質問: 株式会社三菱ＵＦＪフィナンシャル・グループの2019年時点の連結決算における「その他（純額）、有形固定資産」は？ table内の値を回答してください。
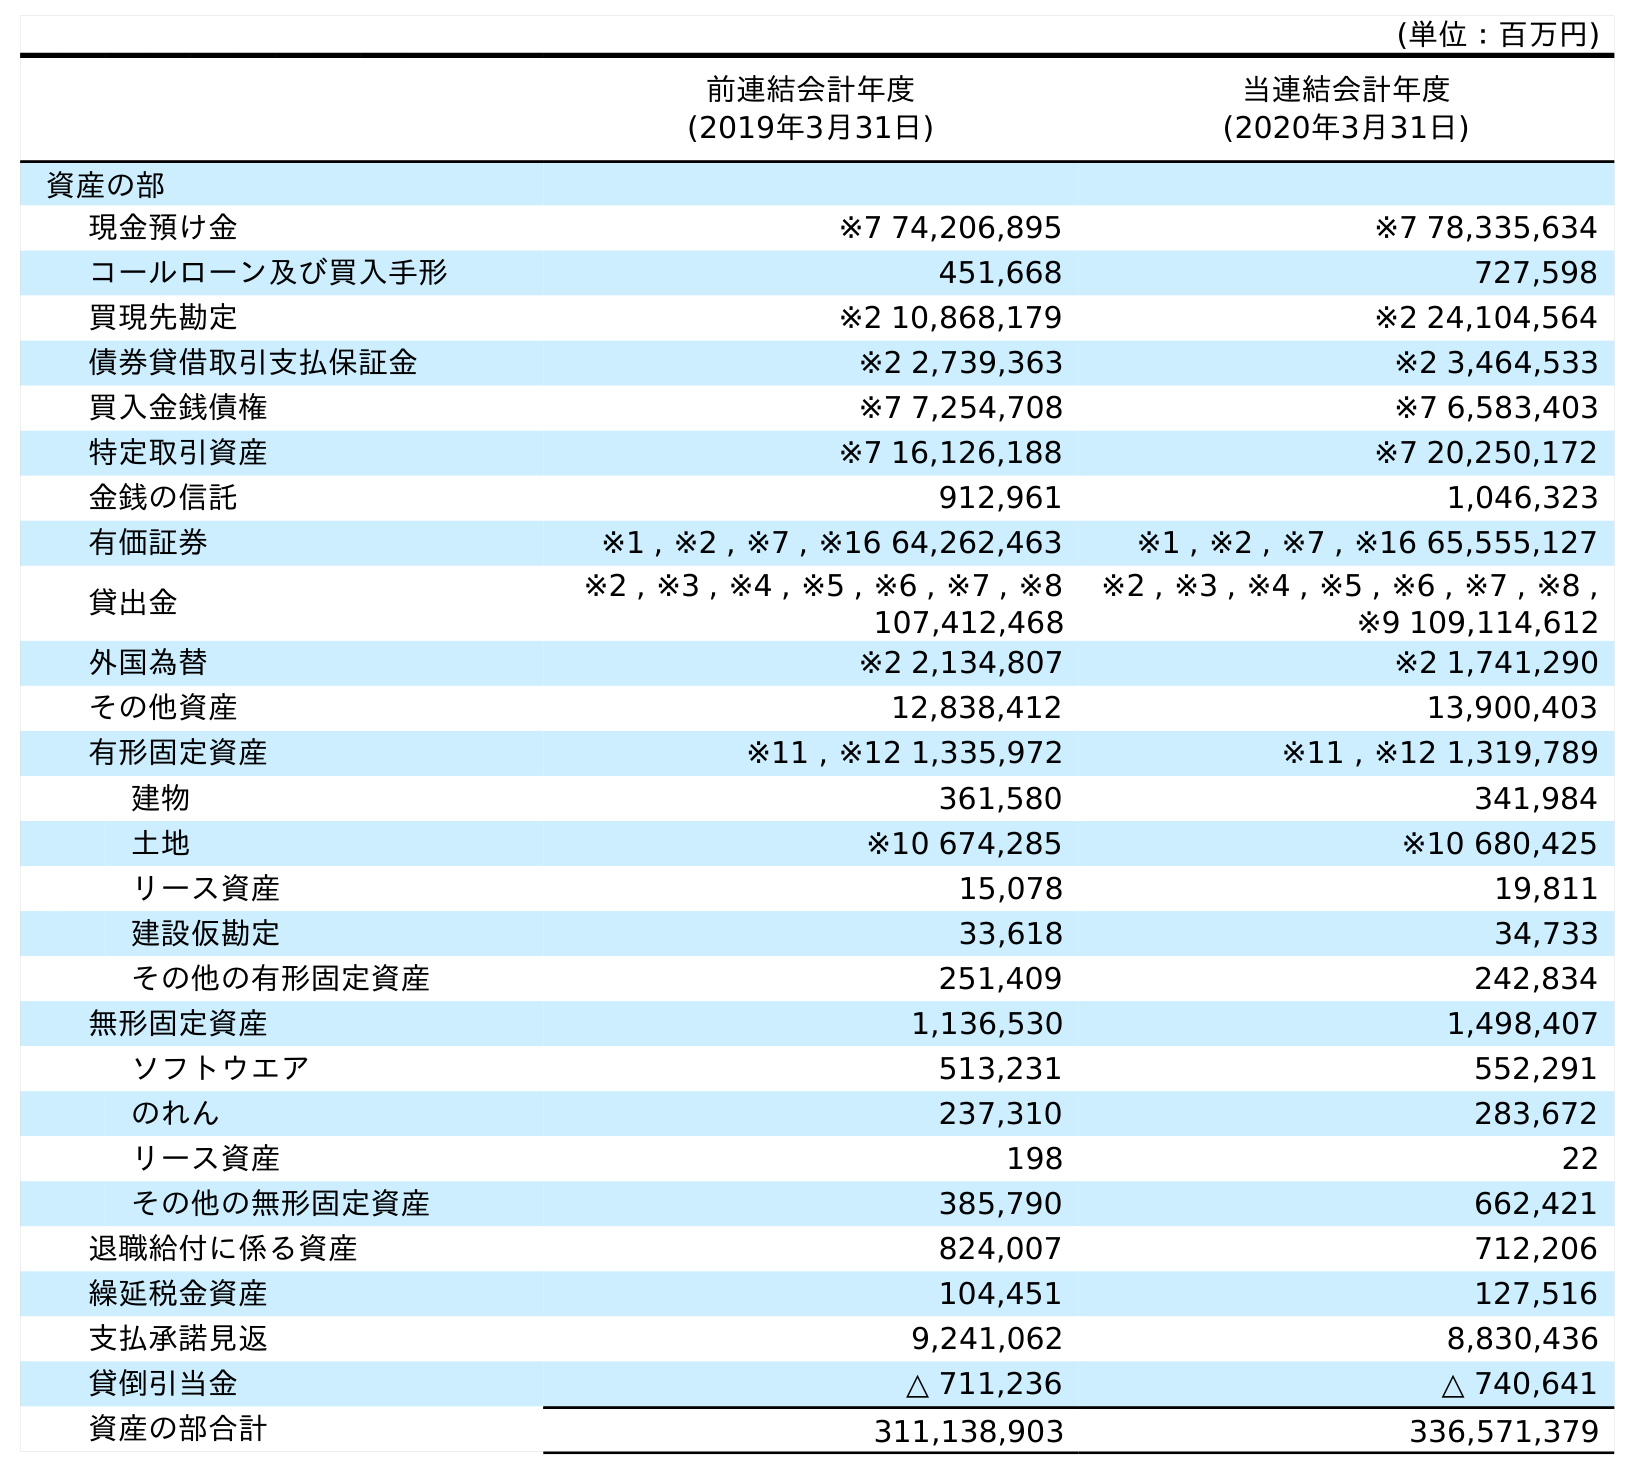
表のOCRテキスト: (単位：百万円) 前連結会計年度 (2019年3月31日) 当連結会計年度 (2020年3月31日) 資産の部 現金預け金 ※7 74,206,895 ※7 78,335,634 コールローン及び買入手形 451,668 727,598 買現先勘定 ※2 10,868,179 ※2 24,104,564 債券貸借取引支払保証金 ※2 2,739,363 ※2 3,464,533 買入金銭債権 ※7 7,254,708 ※7 6,583,403 特定取引資産 ※7 16,126,188 ※7 20,250,172 金銭の信託 912,961 1,046,323 有価証券 ※1 , ※2 , ※7 , ※16 64,262,463 ※1 , ※2 , ※7 , ※16 65,555,127 貸出金 ※2 , ※3 , ※4 , ※5 , ※6 , ※7 , ※8 107,412,468 ※2 , ※3 , ※4 , ※5 , ※6 , ※7 , ※8 , ※9 109,114,612 外国為替 ※2 2,134,807 ※2 1,741,290 その他資産 12,838,412 13,900,403 有形固定資産 ※11 , ※12 1,335,972 ※11 , ※12 1,319,789 建物 361,580 341,984 土地 ※10 674,285 ※10 680,425 リース資産 15,078 19,811 建設仮勘定 33,618 34,733 その他の有形固定資産 251,409 242,834 無形固定資産 1,136,530 1,498,407 ソフトウエア 513,231 552,291 のれん 237,310 283,672 リース資産 198 22 その他の無形固定資産 385,790 662,421 退職給付に係る資産 824,007 712,206 繰延税金資産 104,451 127,516 支払承諾見返 9,241,062 8,830,436 貸倒引当金 △ 711,236 △ 740,641 資産の部合計 311,138,903 336,571,379
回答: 251,409